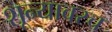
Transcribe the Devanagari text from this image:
शून्यावरच